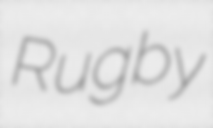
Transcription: Rugby